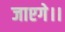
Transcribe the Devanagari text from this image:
जाएगे।।